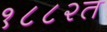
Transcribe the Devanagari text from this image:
१८८२त